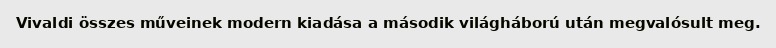
Vivaldi összes műveinek modern kiadása a második világháború után megvalósult meg.